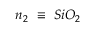
n _ { 2 } ~ \equiv ~ S i O _ { 2 }